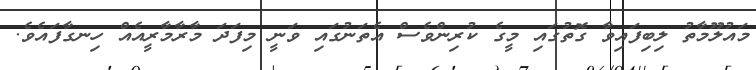
މައުލޫމާތު ލިބިފައިވާ ގޮތުގައި މީގެ ކުރިންވެސް އެތަނުގައި ވަނީ މިފަދަ މާރާމާރީއެއް ހިނގާފައެވެ.